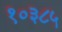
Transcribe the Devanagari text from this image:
१०३८५